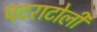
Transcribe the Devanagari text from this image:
पटराटोली